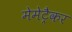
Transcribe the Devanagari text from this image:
मेमेट्रैकर